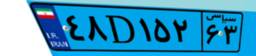
۹۲D۷۸۸۹۸